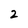
Character: 2